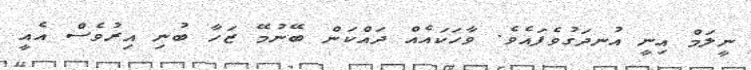
ނީލަމް އިނީ އުނދަގުވެފައެވެ. ވާހަކައެއް ދައްކަން ބޭނުމޭ ޒަހާ ބުނި އިރުވެސް އެއީ